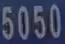
5050